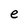
Character: e